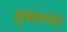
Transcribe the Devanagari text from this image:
भूषवण्यात